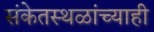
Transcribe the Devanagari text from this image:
संकेतस्थळांच्याही